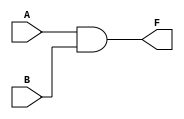
`timescale 1ns / 1ps
//////////////////////////////////////////////////////////////////////////////////
// Company: 
// Engineer: 
// 
// Design Name: 
// Module Name: and_gate
// Project Name: 
// Target Devices: 
// Tool Versions: 
// Description: 
// 
// Dependencies: 
// 
// Revision:
// Revision 0.01 - File Created
// Additional Comments:
// 
//////////////////////////////////////////////////////////////////////////////////


module and_gate(
    input A,
    input B,
    output F
    );
    
    and (F, A, B);
    
endmodule

module half_adder_structural(
    input A,
    input B,
    output sum,
    output carry
    );

    xor (sum, A, B);
    and (carry, A, B);

endmodule

module half_adder(
    input A,
    input B,
    output sum,
    output carry
    );

    assign sum = A ^ B;
    assign carry = A & B;

endmodule

module half_adder_behaviaral(           //  
    input A,
    input B,
    output reg sum,
    output reg carry
    );

    always @(A, B)begin
        case({A, B})
            2'b00: begin sum = 0; carry = 0; end  //
            2'b01: begin sum = 1; carry = 0; end
            2'b10: begin sum = 1; carry = 0; end
            2'b11: begin sum = 0; carry = 1; end
        endcase
    end

endmodule

module full_adder_structural(
        input A, B, cin,
        output sum, carry
    );

    wire sum_0, carry_0, carry_1;

    half_adder ha0 (.A(A), .B(B), .sum(sum_0), .carry(carry_0));
    half_adder ha1 (.A(sum_0), .B(cin), .sum(sum), .carry(carry_1));
    
    or (carry, carry_0, carry_1);

endmodule

module full_adder(
        input A, B, cin,
        output sum, carry
    );

    assign sum = A ^ B ^ cin;
    assign carry = (cin & ( A ^ B)) | (A & B);
    
endmodule

module fadder_4bit_s(
        input [3:0] a, b,
        input cin,
        output [3:0] sum, 
        output carry
    );
    
    wire [2:0] carry_in;
    
    full_adder fa0 (.A(a[0]), .B(b[0]), .cin(cin), .sum(sum[0]), .carry(carry_in[0]));
    full_adder fa1 (.A(a[1]), .B(b[1]), .cin(carry_in[0]), .sum(sum[1]), .carry(carry_in[1]));
    full_adder fa2 (.A(a[2]), .B(b[2]), .cin(carry_in[1]), .sum(sum[2]), .carry(carry_in[2]));
    full_adder fa3 (.A(a[3]), .B(b[3]), .cin(carry_in[2]), .sum(sum[3]), .carry(carry));

endmodule

module fadder_4bit(
        input [3:0] a, b,
        input cin,
        output [3:0] sum, 
        output carry
    );
    
    wire [4:0] temp;
    
    assign temp = a + b + cin;
    assign sum = temp[3:0];
    assign carry = temp[4];

endmodule

module fadd_sub_4bit_s(
        input [3:0] a, b,
        input s,                        // add: s = 0; sub: s = 1
        output [3:0] sum, 
        output carry
    );
    
    wire [2:0] carry_in;
    
    full_adder fa0 (.A(a[0]), .B(b[0] ^ s), .cin(s), .sum(sum[0]), .carry(carry_in[0]));
    full_adder fa1 (.A(a[1]), .B(b[1] ^ s), .cin(carry_in[0]), .sum(sum[1]), .carry(carry_in[1]));
    full_adder fa2 (.A(a[2]), .B(b[2] ^ s), .cin(carry_in[1]), .sum(sum[2]), .carry(carry_in[2]));
    full_adder fa3 (.A(a[3]), .B(b[3] ^ s), .cin(carry_in[2]), .sum(sum[3]), .carry(carry));

endmodule

module fadd_sub_4bit(
        input [3:0] a, b,
        input s,                        // add: s = 0; sub: s = 1
        output [3:0] sum, 
        output carry
    );
    
    wire [4:0] temp;
    
    assign temp = s ? a - b: a + b; 
    assign sum = temp[3:0];
    assign carry = temp[4];
    
endmodule

module comparator #(parameter N = 4)(
        input [N-1:0] A, B,
        output equal, greater, less
    );
    
    assign equal = (A == B) ? 1'b1 : 1'b0;
    assign greater = (A > B) ? 1'b1 : 1'b0;
    assign less = (A < B) ? 1'b1 : 1'b0;

endmodule 

module decoder_2_4 (
        input [1:0] A,
        output [3:0] Y
    );
    
    assign Y = (A == 2'b00) ? 4'b0001 :  (A == 2'b01) ? 4'b0010 : (A == 2'b10) ? 4'b0100 : 4'b1000;
    
//    always @(A) begin 
//        case(A)
//            2'b00: Y = 4'b0001;
//            2'b01: Y = 4'b0010;
//            2'b10: Y = 4'b0100;
//            2'b11: Y = 4'b1000;
//        endcase
//    end

//    always @(A) begin 
//        if (A == 2'b00) Y = 4'b0001;
//        else if(A == 2'b01) Y = 4'b0010;
//        else if(A == 2'b10) Y = 4'b0100;
//        else Y = 4'b1000;
//    end
endmodule

module decoder_2_4_en (
        input [1:0] A,
        input en,
        output [3:0] Y
    );
    
    assign Y = !en ? 4'b0000 : (A == 2'b00) ? 4'b0001 :  (A == 2'b01) ? 4'b0010 : (A == 2'b10) ? 4'b0100 : 4'b1000;
    
//    always @(A) begin 
//        if (en) begin
//            case(A)
//                2'b00: Y = 4'b0001;
//                2'b01: Y = 4'b0010;
//                2'b10: Y = 4'b0100;
//                2'b11: Y = 4'b1000;
//            endcase
//        end
//        else Y = 0;
//    end

//    always @(A) begin 
//         if(en) begin
//            if(A==2'b00) Y=4'b0001;
//            else if(A==2'b01) Y=4'b0010;
//            else if(A==2'b10) Y=4'b0100;
//            else Y=4'b1000;
//        end
//        else Y = 0;
//    end
//    always @(A) begin 
//        if(!en) Y = 0;
//        else if(A==2'b00) Y = 4'b0001;
//        else if(A==2'b01) Y = 4'b0010;
//        else if(A==2'b10) Y = 4'b0100;
//        else Y = 4'b1000;
//    end
endmodule

module decoder_3_8_LDG(
        input [2:0] A,
        output [7:0] Y
    );
    decoder_2_4_en dut1(A[1:0], !A[2], Y[3:0]);
    decoder_2_4_en dut2(A[1:0], A[2], Y[7:4]);
endmodule

module decoder_7seg(
        input [3:0] hex_value,
        output reg [7:0] seg_7
    );

    always @(hex_value) begin
        case(hex_value)
            4'b0000: seg_7 =  8'b0000_0011;
            4'b0001: seg_7 =  8'b1001_1111;
            4'b0010: seg_7 =  8'b0010_0101;
            4'b0011: seg_7 =  8'b0000_1101;
            4'b0100: seg_7 =  8'b1001_1001;
            4'b0101: seg_7 =  8'b0100_1001;
            4'b0110: seg_7 =  8'b0100_0001;
            4'b0111: seg_7 =  8'b0001_1111;
            4'b1000: seg_7 =  8'b0000_0001;
            4'b1001: seg_7 =  8'b0000_1001;
            4'b1010: seg_7 =  8'b0001_0001;
            4'b1011: seg_7 =  8'b1100_0001;
            4'b1100: seg_7 =  8'b0110_0011;
            4'b1101: seg_7 =  8'b1000_0101;
            4'b1110: seg_7 =  8'b0110_0001;
            4'b1111: seg_7 =  8'b0111_0001;
        endcase
    end
endmodule

module fnd_test_top(
    input clk,
    output [7:0] seg_7,
    output [3:0] com
);

    assign com = 4'b0011;
    
    reg [25:0] clk_div;
    
    always @(posedge clk) clk_div = clk_div + 1;
    
    reg [3:0] count;
    always @(negedge clk_div[25])begin
        count = count + 1;
    end
    wire [7:0] seg_7_font;
    decoder_7seg seg7 (.hex_value(count), .seg_7(seg_7_font));
    assign seg_7 = ~seg_7_font;
endmodule

module encoder_4_2(
        input [3:0] D,
        output [1:0] B
    );

    assign B = (D == 4'b0001) ? 2'b00 : (D == 4'b0010) ? 2'b01 : (D == 4'b0100) ? 2'b10 : 2'b11; 

endmodule

module mux_2_1 (
        input [1:0] d,
        input s,
        output f
    );
    
    assign f = s ? d[1] : d[0];

//    wire sbar, in0, in1;
    
//    not (sbar, s);
//    and (in0, d[0], sbar);
//    and (in1, d[1], s);
//    or (f, in0, in1);

endmodule

module mux_4_1 (
        input [3:0] d,
        input [1:0] s,
        output f
    );
    
    assign f = d[s];
    
endmodule

module mux_8_1 (
        input [7:0] d,
        input [2:0] s,
        output f
    );
    
    assign f = d[s];
    
endmodule

module demux_1_4 (
        input d,
        input [1:0] s,
        output [3:0] f
    );

//    always @* begin
//        f = 0;
//        f[s] = d;
//    end

    assign f = (s == 2'b00) ? {3'b000, d} : (s == 2'b01) ? {2'b00, d, 1'b0} : (s == 2'b10) ? {1'b0, d, 2'b00} : {d, 3'b000};

endmodule

module mux_test_top (
        input [7:0] d, 
        input [2:0] s_mux,
        input [1:0] s_demux,
        output [3:0] f
    );

    wire w;
    
    mux_8_1  mux (.d(d), .s(s_mux), .f(w));
    demux_1_4 demux (.d(w), .s(s_demux), .f(f));

endmodule